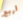
أربع